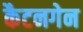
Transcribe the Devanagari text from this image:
कैटनगेन